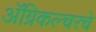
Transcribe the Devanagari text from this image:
अॅग्रिकल्चरचे